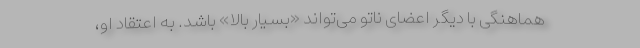
هماهنگی با دیگر اعضای ناتو می‌تواند «بسیار بالا» باشد. به اعتقاد او،